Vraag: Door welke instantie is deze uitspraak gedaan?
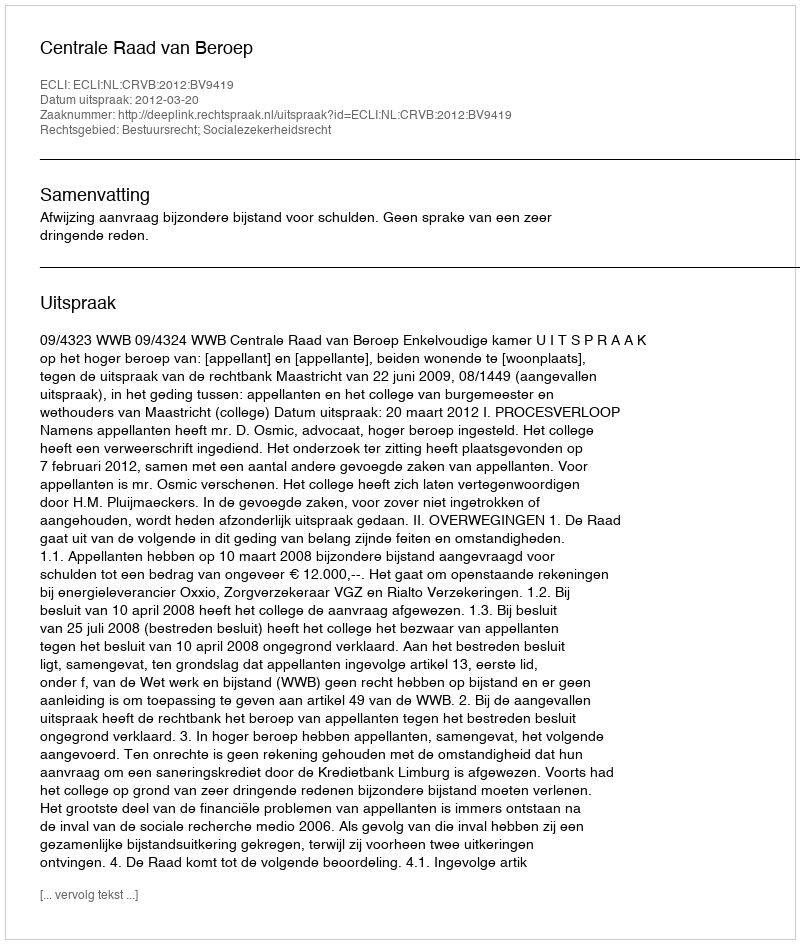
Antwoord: Centrale Raad van Beroep